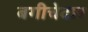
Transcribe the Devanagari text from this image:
बगीचेदार